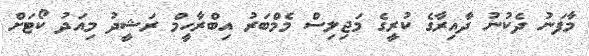
މާފަނު ދެކުނު ދާއިރާގެ ކުރީގެ މަޖިލިސް މެމްބަރު އިބްރާހީމް ރަޝީދު މިއަދު ކޯޓަށް